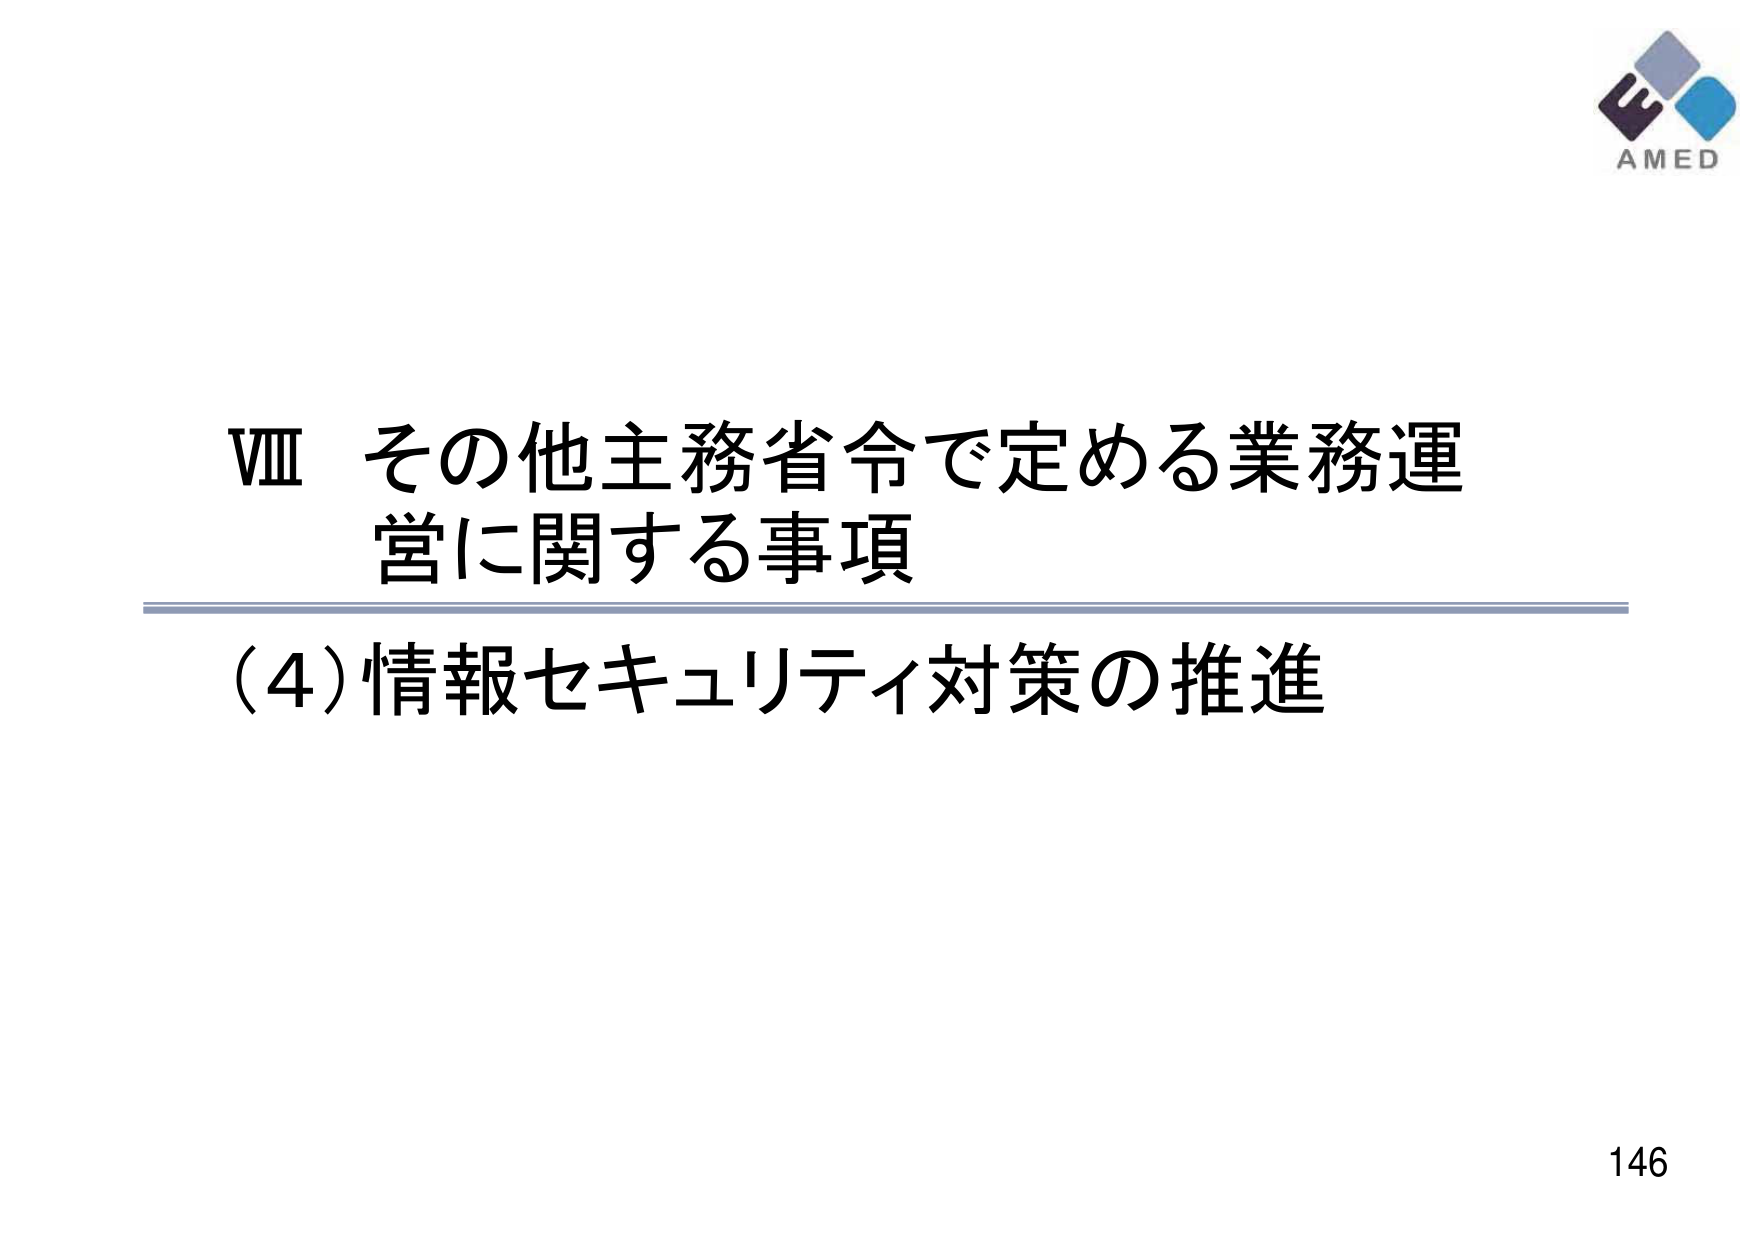
VIII その他主務省令で定める業務運営に関する事項
(4) 情報セキュリティ対策の推進
AMED
146